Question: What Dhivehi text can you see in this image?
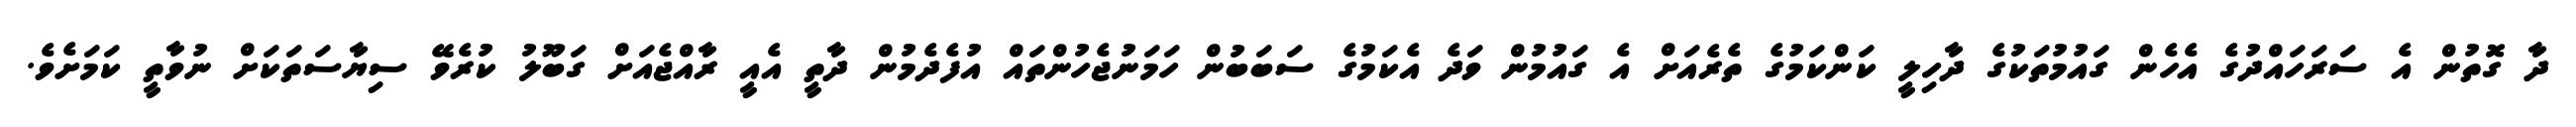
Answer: ދާ ގޮތުން އެ ސަރަހައްދުގެ އެހެން ގައުމުތަކުގެ ދާހިލީ ކަންކަމުގެ ތެރެއަށް އެ ގައުމުން ވަދެ އެކަމުގެ ސަބަބުން ހަމަނުޖެހުންތައް އުފެދެމުން ދާތީ އެއީ ރާއްޖެއަށް ގަބޫލު ކުރެވޭ ސިޔާސަތަކަށް ނުވާތީ ކަމަށެވެ.